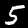
Label: 5